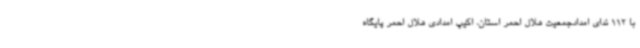
با 112 ندای امدادجمعیت هلال احمر استان، اکیپ امدادی هلال احمر پایگاه